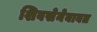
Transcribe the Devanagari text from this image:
शिवसेनेबाबत